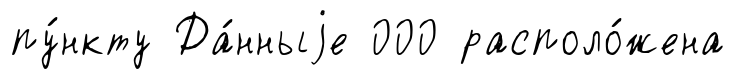
пу́нкту Да́нныjе 000 располо́жена